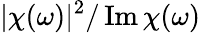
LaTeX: |\chi(\omega)|^{2}/\operatorname{Im}\chi(\omega)